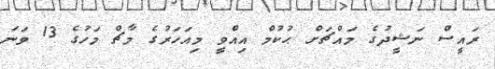
ރައީސް ނަޝީދުގެ މައްޗަށް ޙުކުމް އިއްވީ މިއަހަރުގެ މާޗް މަހުގެ 13 ވަނަ